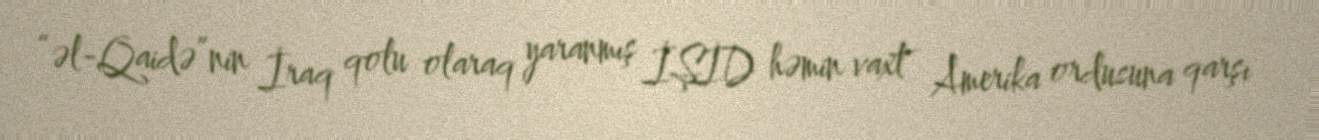
“əl-Qaidə”nin İraq qolu olaraq yaranmış İŞİD həmin vaxt Amerika ordusuna qarşı